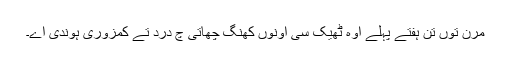
مرن توں تن ہفتے پہلے اوہ ٹھیک سی اونوں کھنگ چھاتی چ درد تے کمزوری ہوندی اے۔